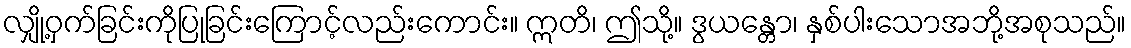
လျှို့ဝှက်ခြင်းကိုပြုခြင်းကြောင့်လည်းကောင်း။ ဣတိ၊ ဤသို့။ ဒွယန္တော၊ နှစ်ပါးသောအဘို့အစုသည်။